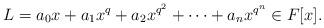
LaTeX: \begin{align*}L=a_0x+a_1x^q+a_2x^{q^2}+\cdots+a_n x^{q^n} \in F[x].\end{align*}